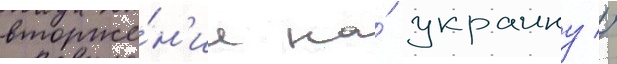
вторже́н'ие на́ украину //